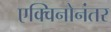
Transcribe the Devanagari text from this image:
एक्विनोनंतर